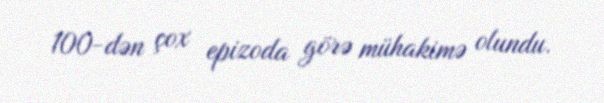
100-dən çox epizoda görə mühakimə olundu.